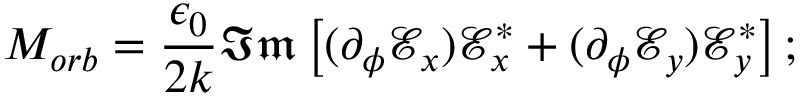
M _ { o r b } = \frac { \epsilon _ { 0 } } { 2 k } \mathfrak { I m } \left[ ( \partial _ { \phi } \mathcal { E } _ { x } ) \mathcal { E } _ { x } ^ { * } + ( \partial _ { \phi } \mathcal { E } _ { y } ) \mathcal { E } _ { y } ^ { * } \right] ;